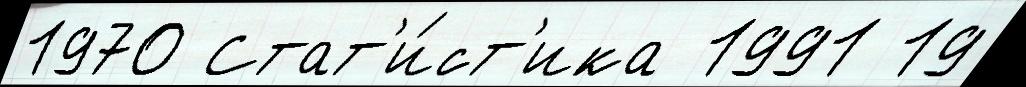
1970 Стат'и́ст'ика 1991 19